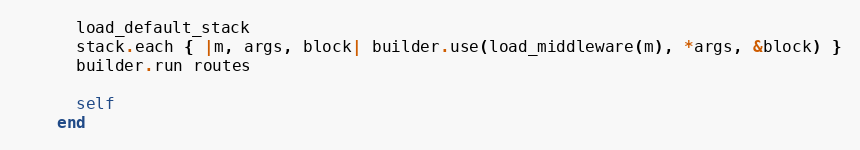
Language: Ruby
      load_default_stack
      stack.each { |m, args, block| builder.use(load_middleware(m), *args, &block) }
      builder.run routes

      self
    end